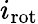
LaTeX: {i_{\mathrm{rot}}}